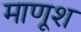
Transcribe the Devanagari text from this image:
माणूश